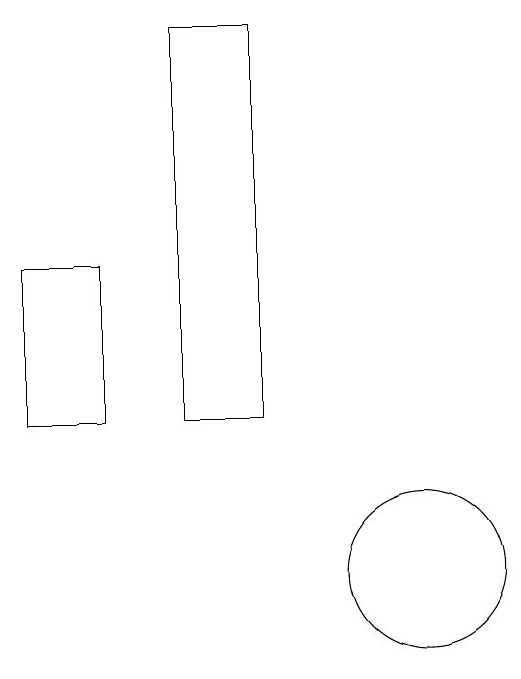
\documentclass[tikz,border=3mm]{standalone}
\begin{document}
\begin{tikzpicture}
\draw (10,10) circle (1);
\draw (5,12) rectangle (6,14);
\draw (8,17) rectangle (7,12);
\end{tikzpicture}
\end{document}